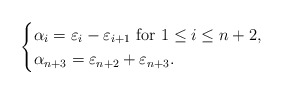
\begin{align*}\begin{cases}\alpha_i=\varepsilon_{i}-\varepsilon_{i+1}\ \mbox{for}\ 1\leq i\leq n+2,\\\alpha_{n+3}=\varepsilon_{n+2}+\varepsilon_{n+3}.\end{cases}\end{align*}